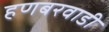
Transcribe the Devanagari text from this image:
हणबरवाडी